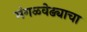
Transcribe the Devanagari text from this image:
मंगळवेढ्याचा